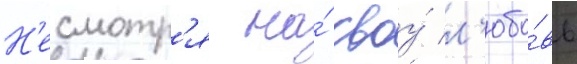
Н'есмотр'я на́ своу́ л'юбо́вь